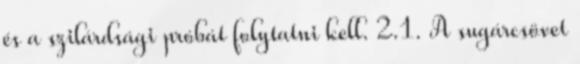
és a szilárdsági próbát folytatni kell. 2.1. A sugárcsövet